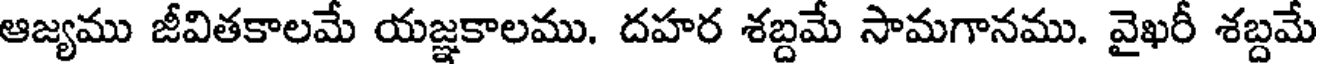
ఆజ్యము జీవితకాలమే యజ్ఞకాలము. దహర శబ్దమే సామగానము. వైఖరీ శబ్దమే